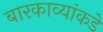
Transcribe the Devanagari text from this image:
बारकाव्यांकडे